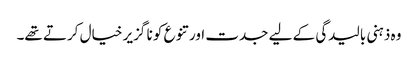
وہ ذہنی بالیدگی کے لیے جدت اور تنوع کو نا گزیر خیال کرتے تھے۔